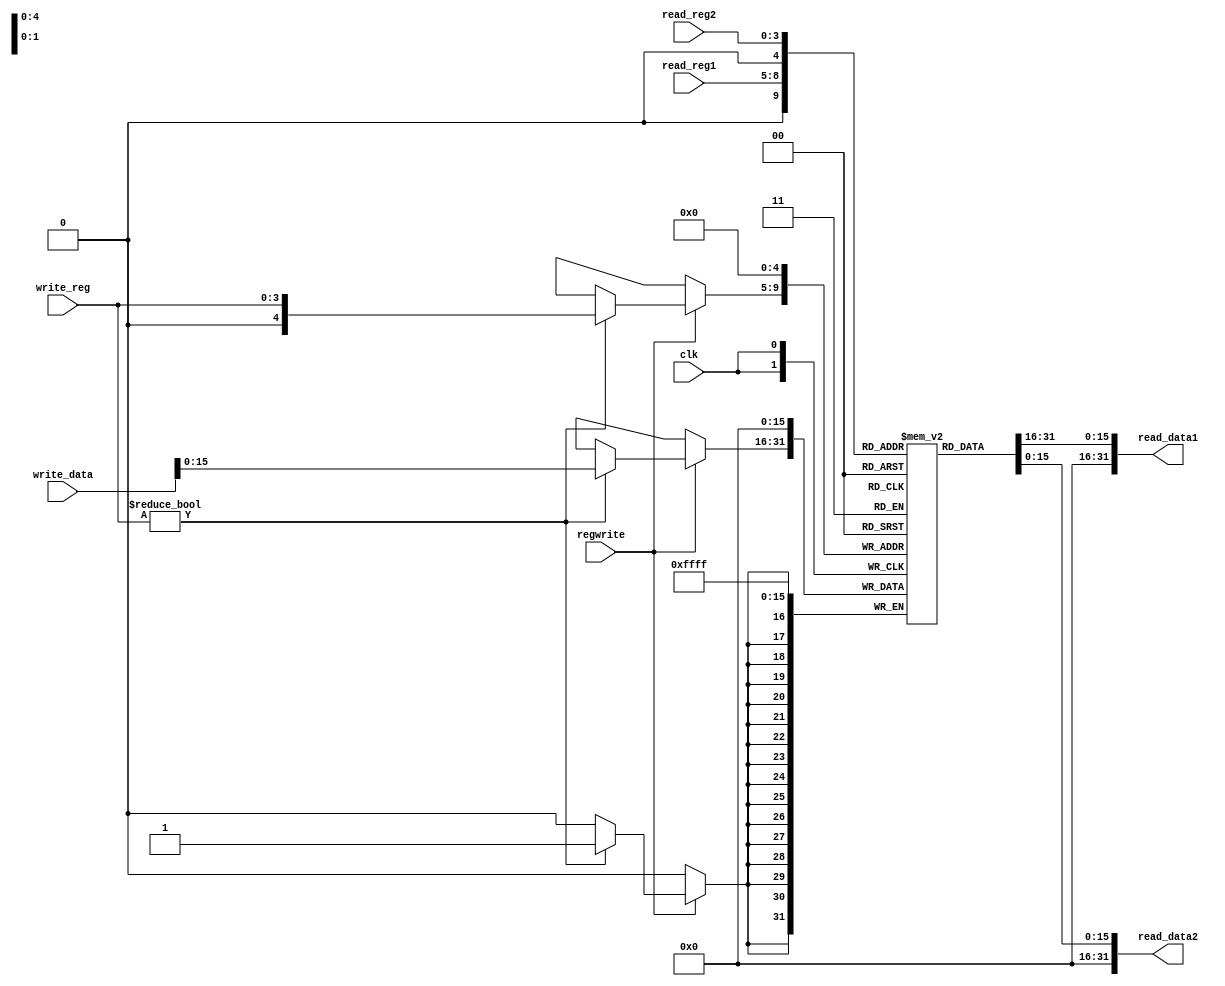
module register_file(read_reg1,read_reg2,read_data1,read_data2,write_reg,write_data,regwrite,clk);

input [3:0] read_reg1,read_reg2,write_reg;
input [31:0]write_data;
input regwrite,clk;
output [31:0]read_data1,read_data2;

reg [15:0]R[31:0];
//read
assign read_data1=R[read_reg1];
assign read_data2=R[read_reg2];
//write 

always@ (negedge clk)begin 
    R[0]<=32'b0;
    if(regwrite)begin 
        if(write_reg!= 4'b0)
            R[write_reg]<=write_data;
    end
end

endmodule